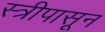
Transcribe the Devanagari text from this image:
स्त्रीपासून